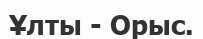
Ұлты - Орыс.